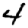
Digit: 4